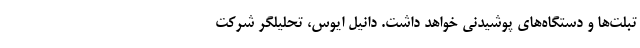
تبلت‌ها و دستگاه‌های پوشیدنی خواهد داشت. دانیل ایوس، تحلیلگر شرکت